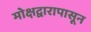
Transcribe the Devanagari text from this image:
मोक्षद्वारापासून